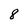
Character: 8